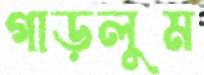
গাড়লুম